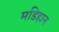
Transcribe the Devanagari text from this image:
मडिहान